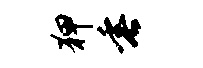
狎垂